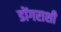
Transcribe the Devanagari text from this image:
डोंगराशी